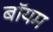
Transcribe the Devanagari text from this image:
बॉयम